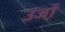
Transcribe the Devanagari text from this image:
उर्जा़